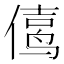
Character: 𱏅